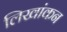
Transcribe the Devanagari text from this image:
लिखांकन